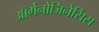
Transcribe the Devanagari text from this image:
ऑर्गेनोजिनेसिस